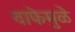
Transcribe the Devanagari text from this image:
वाफेमुळे